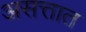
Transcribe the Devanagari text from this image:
असत्तात